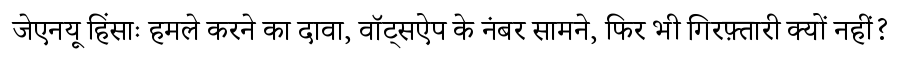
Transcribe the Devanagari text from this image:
जेएनयू हिंसाः हमले करने का दावा, वॉट्सऐप के नंबर सामने, फिर भी गिरफ़्तारी क्यों नहीं?